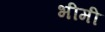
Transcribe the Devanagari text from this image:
भीमी